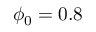
\phi _ { 0 } = 0 . 8